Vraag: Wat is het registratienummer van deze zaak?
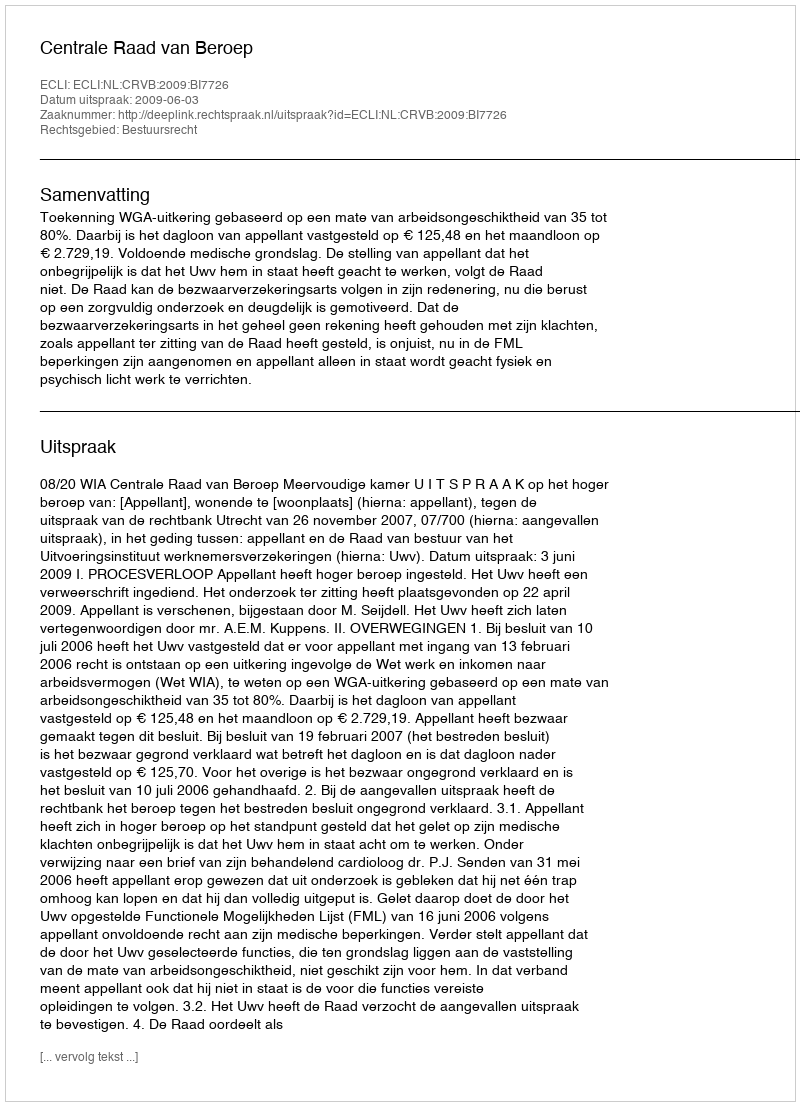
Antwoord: http://deeplink.rechtspraak.nl/uitspraak?id=ECLI:NL:CRVB:2009:BI7726